Report of the Indian Hemp Drugs Commission, 1894-1895 - Volume II
Year: 1894
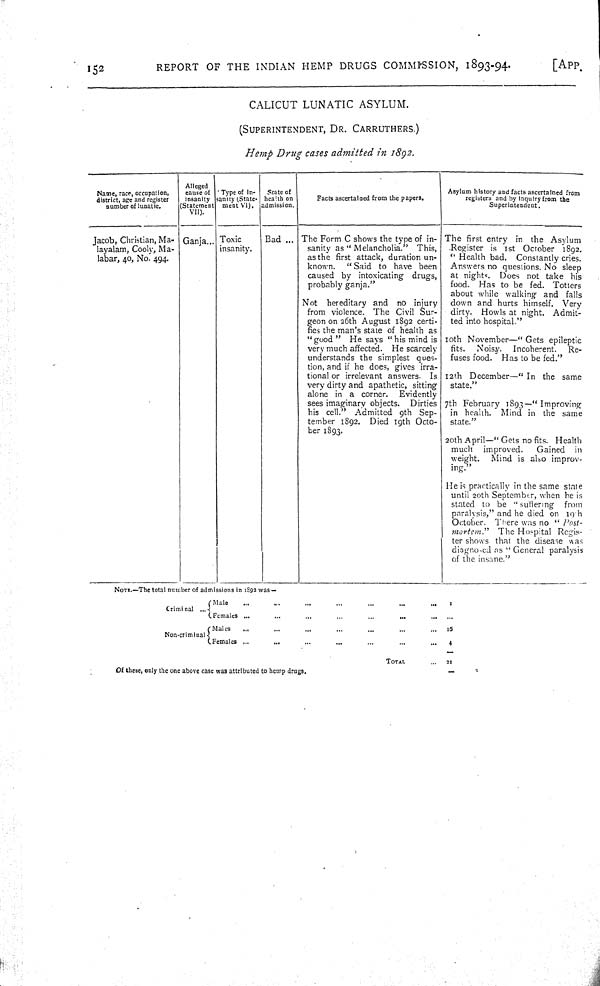
152
REPORT
OF THE
INDIAN
HEMP
DRUGS
COMMISSION,
1893-94.
[APP.
CALICUT LUNATIC
ASYLUM.
(SUPERINTENDENT, DR. CARRUTHERS.)
Hemp
Drug
cases admitted
in
1892.
Name, race, occupation,
district, age and register
number of lunatic.
Alleged
cause of
insanity
(Statement
VII).
Type of in-
sanity (State-
ment VI).
State of
health on
admission.
Facts ascertained from the papers.
Asylum history and facts ascertained from
registers and by inquiry from the
Superintendent.
Jacob, Christian, Ma-
layalam, Cooly, Ma-
labar, 40, No. 494.
Ganja
Toxic
insanity.
Bad
The Form C shows the type of in-
sanity as "Melancholia."
This,
as the first attack, duration un-
known.
"Said to have been
caused by intoxicating
drugs,
probably ganja."
Not
hereditary and
no
injury
from violence.
The Civil Sur-
geon on 26th August 1892 certi-
fies the man's state of health as
"good "
He says "his mind is
very much affected.
He scarcely
understands the simplest
ques-
tion, and if he does, gives irra-
tional or irrelevant answers.
Is
very dirty and apathetic, sitting
alone in a corner.
Evidently
sees imaginary objects.
Dirties
his cell."
Admitted 9th
Sep-
tember 1892.
Died 19th Octo-
ber 1893.
The first entry
in the
Asylum
Register is 1st October
1892.
"Health bad.
Constantly cries.
Answers no questions. No sleep
at nights.
Does not take
his
food.
Has to be fed.
Totters
about while walking and
falls
down and hurts himself.
Very
dirty.
Howls at night.
Admit-
ted into hospital."
10th
November—"Gets
epileptic
fits.
Noisy.
Incoherent.
Re-
fuses food.
Has to be fed."
12th December—"In
the
same
state."
7th February
1893—"Improving
in health.
Mind in the
same
state."
20th April—"Gets no fits. Health
much
improved.
Gained
in
weight.
Mind is also improv-
ing."
He is practically in the same state
until 20th September, when he is
stated to be "suffering
from
paralysis," and he died on
19th
October.
There was no "Post-
mortem."
The Hospital
Regis-
ter shows that the disease
was
diagnosed as "General paralysis
of the insane."
NOTE.—The total number of admissions in 1892 was—
Criminal
Male
1
Criminal
Females
Non-criminal
Males
16
Non-criminal
Females
4
TOTAL
21
Of these, only the one above case was attributed to hemp drugs.